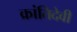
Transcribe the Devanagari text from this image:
क्रांतिदेवी